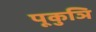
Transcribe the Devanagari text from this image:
पूकुञि